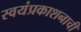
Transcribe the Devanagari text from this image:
स्वयंप्रकाशनाची